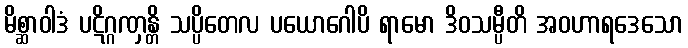
မိစ္ဆာဝါဒံ ပဋိဂ္ဂဏှန္တိ သပ္ပိတေလ ပယောဂေါပိ ရာမော ဒိဝသမ္ပီတိ အဝဟာရဒေသော